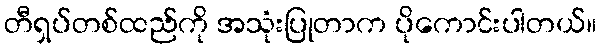
တီရှပ်တစ်ထည်ကို အသုံးပြုတာက ပိုကောင်းပါတယ်။